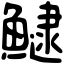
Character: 𩻸